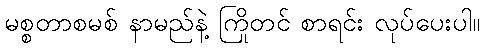
မစ္စတာစမစ် နာမည်နဲ့ ကြိုတင် စာရင်း လုပ်ပေးပါ။